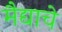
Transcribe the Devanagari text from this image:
मैद्याचे